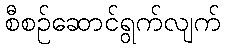
စီစဉ်ဆောင်ရွက်လျက်